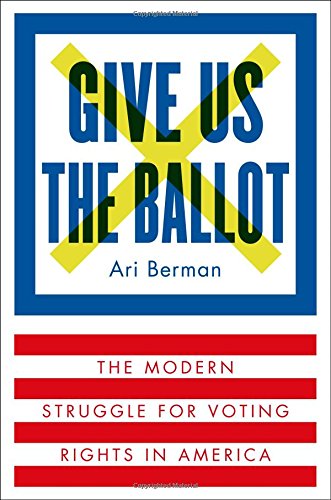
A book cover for Give Us the Ballot: The Modern Struggle for Voting Rights in America; Ari Berman; Politics & Social Sciences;